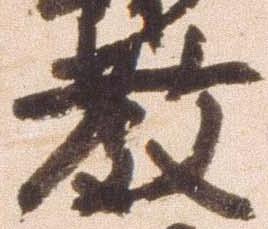
教